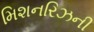
મિશનરિઝની